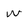
Character: w